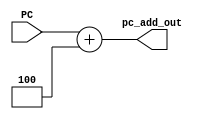
module pc_add (PC, pc_add_out);
    input    [31: 0] PC;
    output   [31: 0] pc_add_out;

    assign pc_add_out = PC + 4;

endmodule //pc_adder